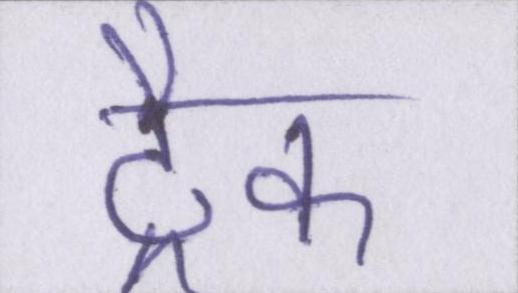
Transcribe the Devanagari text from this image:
ट्रैक